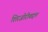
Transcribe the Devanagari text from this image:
शिरजोरीबद्दल